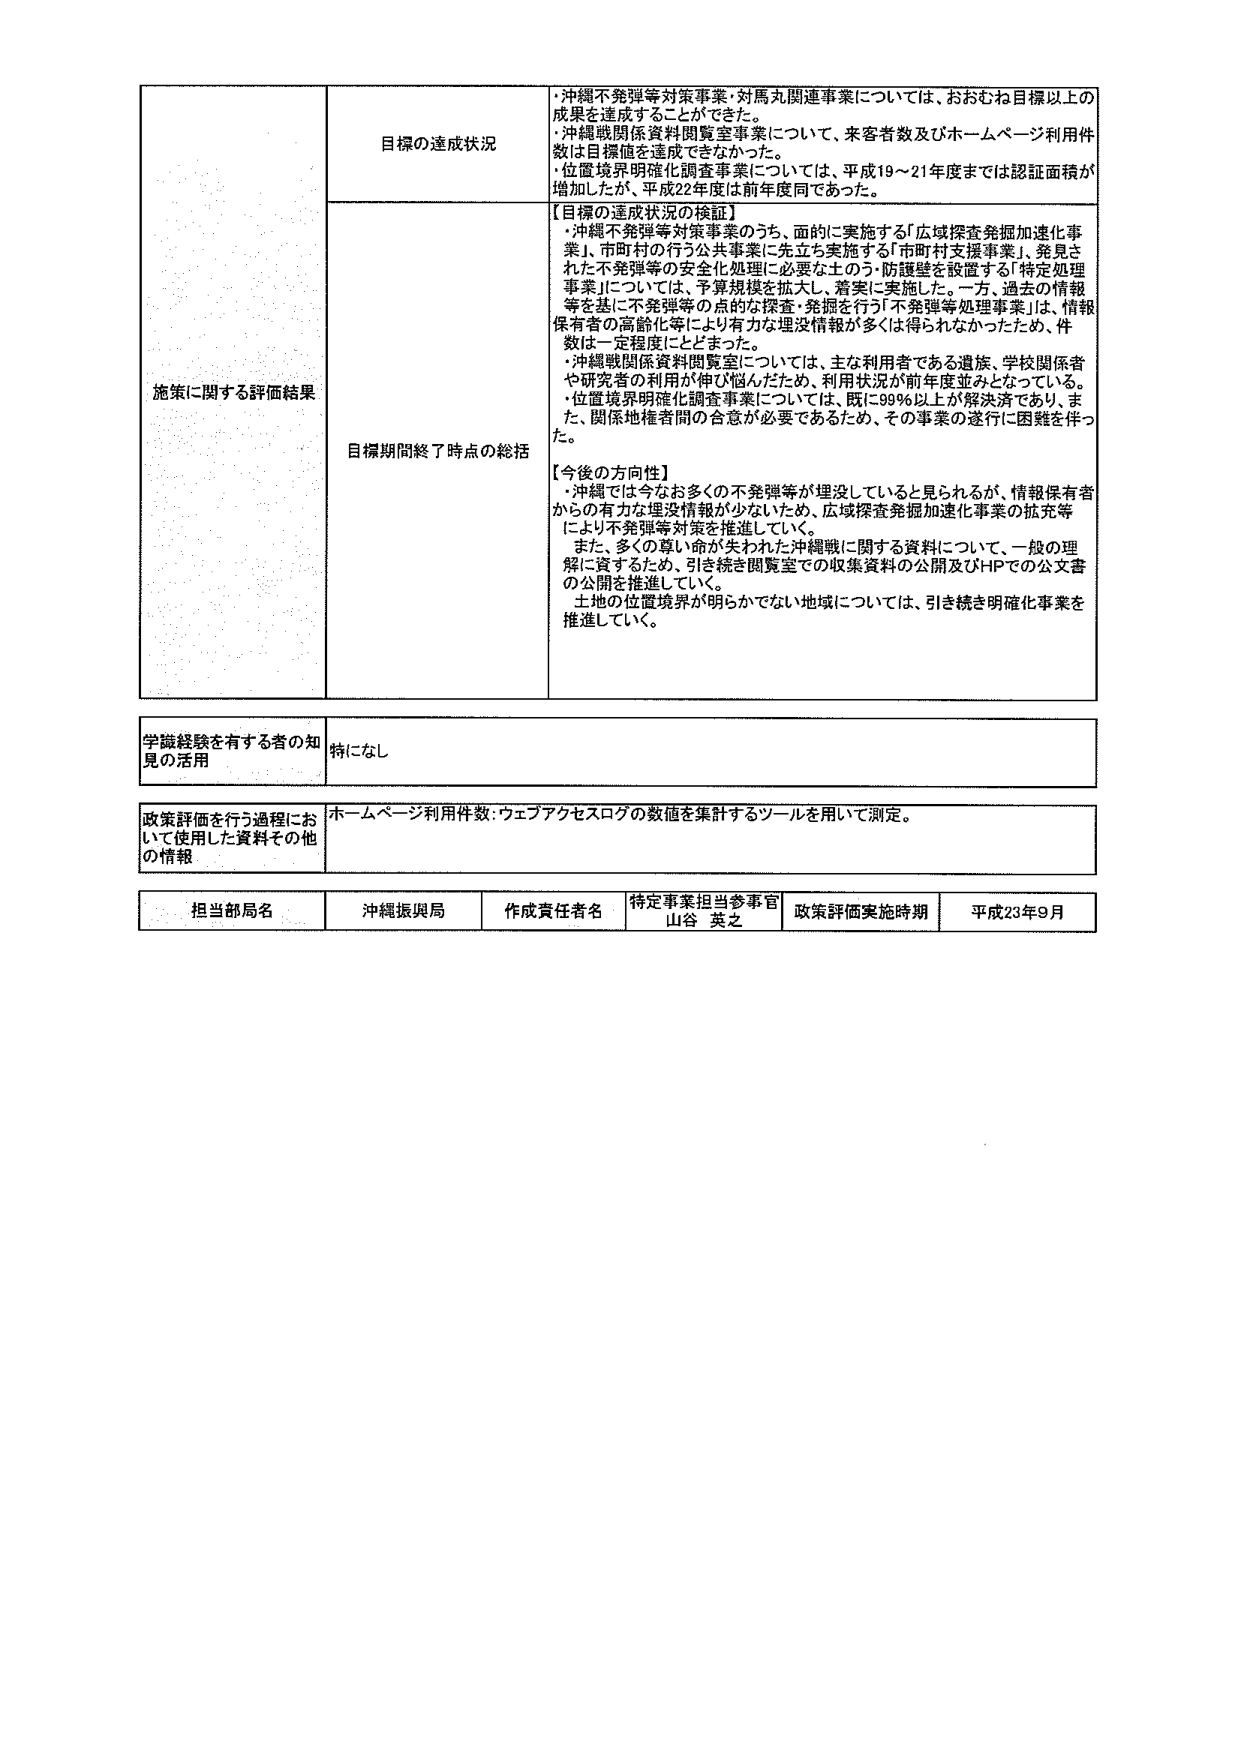
施策に関する評価結果

目標の達成状況
・沖縄不発弾等対策事業・対馬丸関連事業については、おおむね目標以上の成果を達成することができた。
・沖縄戦関係資料閲覧室事業について、来客者数及びホームページ利用件数は目標値を達成できなかった。
・位置境界明確化調査事業については、平成19～21年度までは認証面積が増加したが、平成22年度は前年度同であった。

目標期間終了時点の総括
【目標の達成状況の検証】
・沖縄不発弾等対策事業のうち、面的に実施する「広域探査発掘加速化事業」、市町村の行う公共事業に先立ち実施する「市町村支援事業」、発見された不発弾等の安全化処理に必要な土のう・防護壁を設置する「特定処理事業」については、予算規模を拡大し、着実に実施した。一方、過去の情報等を基に不発弾等の点的な探査・発掘を行う「不発弾等処理事業」は、情報保有者の高齢化等により有力な埋没情報が多くは得られなかったため、件数は一定程度にとどまった。
・沖縄戦関係資料閲覧室については、主な利用者である遺族、学校関係者や研究者の利用が伸び悩んだため、利用状況が前年度並みとなっている。
・位置境界明確化調査事業については、既に99％以上が解決済であり、また、関係地権者間の合意が必要であるため、その事業の遂行に困難を伴った。

【今後の方向性】
・沖縄では今なお多くの不発弾等が埋没していると見られるが、情報保有者からの有力な埋没情報が少ないため、広域探査発掘加速化事業の拡充等により不発弾等対策を推進していく。
また、多くの尊い命が失われた沖縄戦に関する資料について、一般の理解に資するため、引き続き閲覧室での収集資料の公開及びHPでの公文書の公開を推進していく。
土地の位置境界が明らかでない地域については、引き続き明確化事業を推進していく。

学識経験を有する者の知見の活用
特になし

政策評価を行う過程において使用した資料その他 の情報
ホームページ利用件数・ウェブアクセスログの数値を集計するツールを用いて測定。

担当部局名 沖縄振興局
作成責任者名 特定事業担当参事官 山谷 英之
政策評価実施時期 平成23年9月